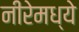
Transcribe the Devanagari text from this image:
नीरेमध्ये